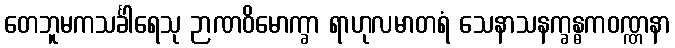
တေဘူမကသင်္ခါရေသု ဉာဏဝိမောက္ခာ ရာဟုလမာတရံ သေနာသနက္ခန္ဓကဝဏ္ဏနာ